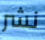
نشر